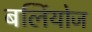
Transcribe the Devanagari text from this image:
बर्लियोज